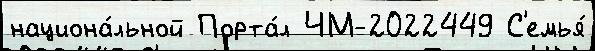
национа́льной Порта́л ЧМ-2022449 С'емья́